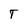
Character: T